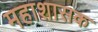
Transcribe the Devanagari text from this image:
महाशासक